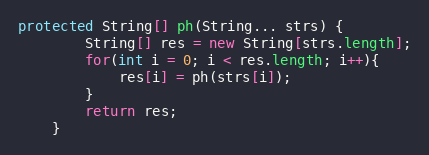
Language: Java
protected String[] ph(String... strs) {
        String[] res = new String[strs.length];
        for(int i = 0; i < res.length; i++){
            res[i] = ph(strs[i]);
        }
        return res;
    }